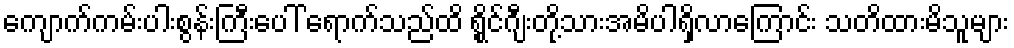
ကျောက်ကမ်းပါးစွန်းကြီးပေါ် ရောက်သည်ထိ ရွိုင်ဂျီးတို့သားအမိပါရှိလာကြောင်း သတိထားမိသူများ